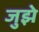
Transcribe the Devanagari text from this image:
जुझे